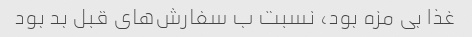
غذا بی مزه بود، نسبت ب سفارش‌های قبل بد بود